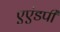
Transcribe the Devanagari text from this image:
एएंडपी